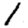
Digit: 1